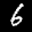
Label: 6